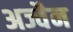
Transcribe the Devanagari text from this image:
अज्वैन